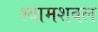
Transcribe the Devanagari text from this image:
श्यामशबल